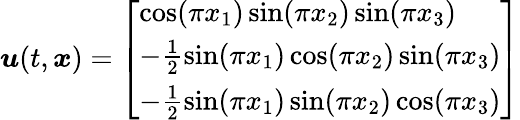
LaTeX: \boldsymbol{u}(t,\boldsymbol{x})=\left[\begin{array}{l}{\cos(\pi x_{1})\sin(\pi x_{2})\sin(\pi x_{3})}\\ {-\frac{1}{2}\sin(\pi x_{1})\cos(\pi x_{2})\sin(\pi x_{3})}\\ {-\frac{1}{2}\sin(\pi x_{1})\sin(\pi x_{2})\cos(\pi x_{3})}\end{array}\right]